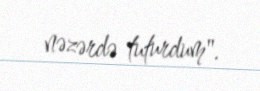
nəzərdə tuturdum".